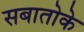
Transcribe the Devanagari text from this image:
सबातोके